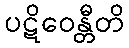
ပဋိဝေန္တီတိ